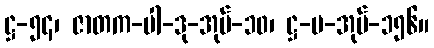
ဋ္ဌ-၅၄၊ ဇာတက-ပါ-ဒု-အုပ်-၁၀၊ ဋ္ဌ-မ-အုပ်-၁၅၆။